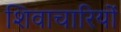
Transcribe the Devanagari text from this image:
शिवाचारियों